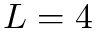
L = 4